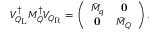
{ \cal V } _ { { \cal Q } _ { \mathrm { L } } } ^ { \dagger } { \cal M } _ { \cal Q } ^ { \dagger } { \cal V } _ { { \cal Q } _ { \mathrm { R } } } = \left( \begin{array} { c c } { { { \bar { M } } _ { q } } } & { { { \bf 0 } } } \\ { { { \bf 0 } } } & { { { \bar { M } } _ { Q } } } \end{array} \right) .